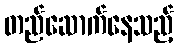
တည်ဆောက်နေသည့်